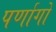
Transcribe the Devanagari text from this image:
पर्णागों